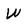
Character: W